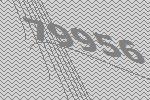
79956